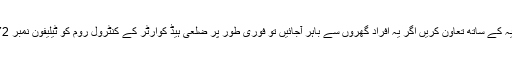
انہوں نے گاؤں والوں سے کہا کہ وہ اس مرض سے بچنے کے لئے ضلعی انتظامیہ کے ساتھ تعاون کریں اگر یہ افراد گھروں سے باہر آجائیں تو فوری طور پر ضلعی ہیڈ کوارٹر کے کنٹرول روم کو ٹیلیفون نمبر 05672- 234308 پر مطلع کریں، اپنی تحصیل کے کنٹرول روم کو مطلع کریں ۔